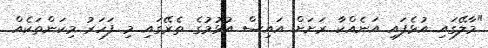
"މާލޭގައި އުޅެފައި އަނެއްކާ ރަށަށް އައިސް އުޅުމުގެ ތެރޭގައި މި ފަހަރު މިކަންތަކެއް